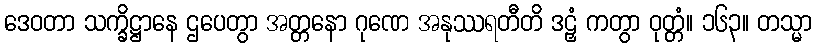
ဒေဝတာ သက္ခိဋ္ဌာနေ ဌပေတွာ အတ္တနော ဂုဏေ အနုဿရတီတိ ဒဠှံ ကတွာ ဝုတ္တံ။ ၁၆၃။ တသ္မာ